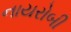
નાયરોબી